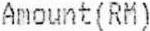
AMOUNT(RM)